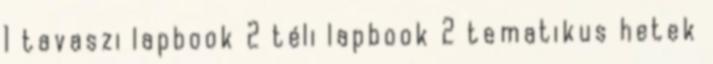
1 tavaszi lapbook 2 téli lapbook 2 tematikus hetek